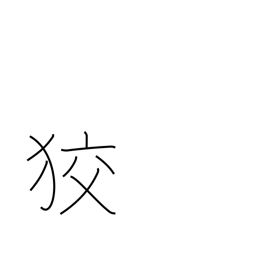
Meaning: crafty